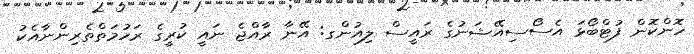
ހޮންކޮން ފުޓްބޯޅަ އެސޯސިއޭޝަނުގެ ރައީސް ލިއުންގ: އޭނާ ރާއްޖެ ނައީ ކުރީގެ ރަހުމަތްތެރިންނާއެކު